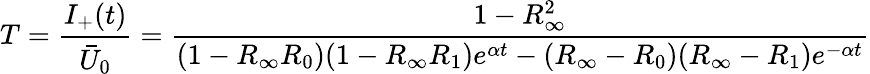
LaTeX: T=\frac{I_{+}(t)}{\bar{U}_{0}}=\frac{1-R_{\infty}^{2}}{(1-R_{\infty}R_{0})(1-R_{\infty}R_{1})e^{\alpha t}-(R_{\infty}-R_{0})(R_{\infty}-R_{1})e^{-\alpha t}}